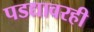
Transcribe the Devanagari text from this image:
पडद्यावरही